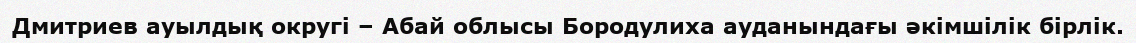
Дмитриев ауылдық округі – Абай облысы Бородулиха ауданындағы әкімшілік бірлік.